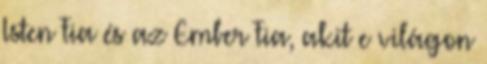
Isten Fia és az Ember Fia, akit e világon